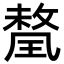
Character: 𭹯